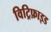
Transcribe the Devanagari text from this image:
विट्रिफ़ाइड